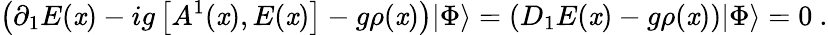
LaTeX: \left(\partial_{1}E(\mathit{x})-ig\left[A^{1}(\mathit{x}),E(\mathit{x})\right]-g\rho(\mathit{x})\right)|\Phi\rangle=\left(D_{1}E(\mathit{x})-g\rho(\mathit{x})\right)|\Phi\rangle=0\ .